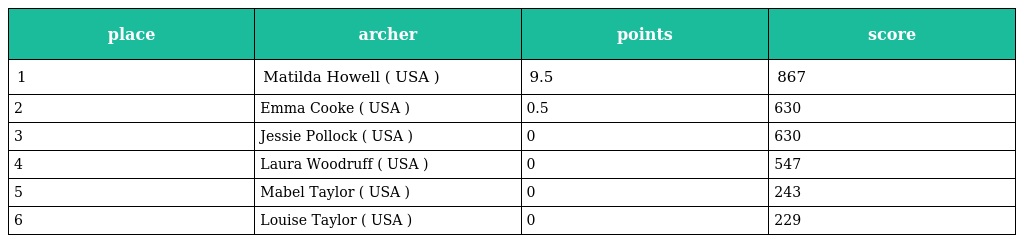
| place | archer | points | score |
 | --- | --- | --- | --- |
 | 1 | Matilda Howell ( USA ) | 9.5 | 867 |
 | 2 | Emma Cooke ( USA ) | 0.5 | 630 |
 | 3 | Jessie Pollock ( USA ) | 0 | 630 |
 | 4 | Laura Woodruff ( USA ) | 0 | 547 |
 | 5 | Mabel Taylor ( USA ) | 0 | 243 |
 | 6 | Louise Taylor ( USA ) | 0 | 229 |